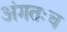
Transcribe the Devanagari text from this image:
अंगतःच